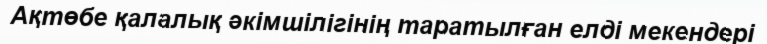
Ақтөбе қалалық әкімшілігінің таратылған елді мекендері